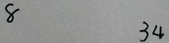
8 3 4